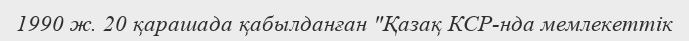
1990 ж. 20 қарашада қабылданған "Қазақ КСР-нда мемлекеттік